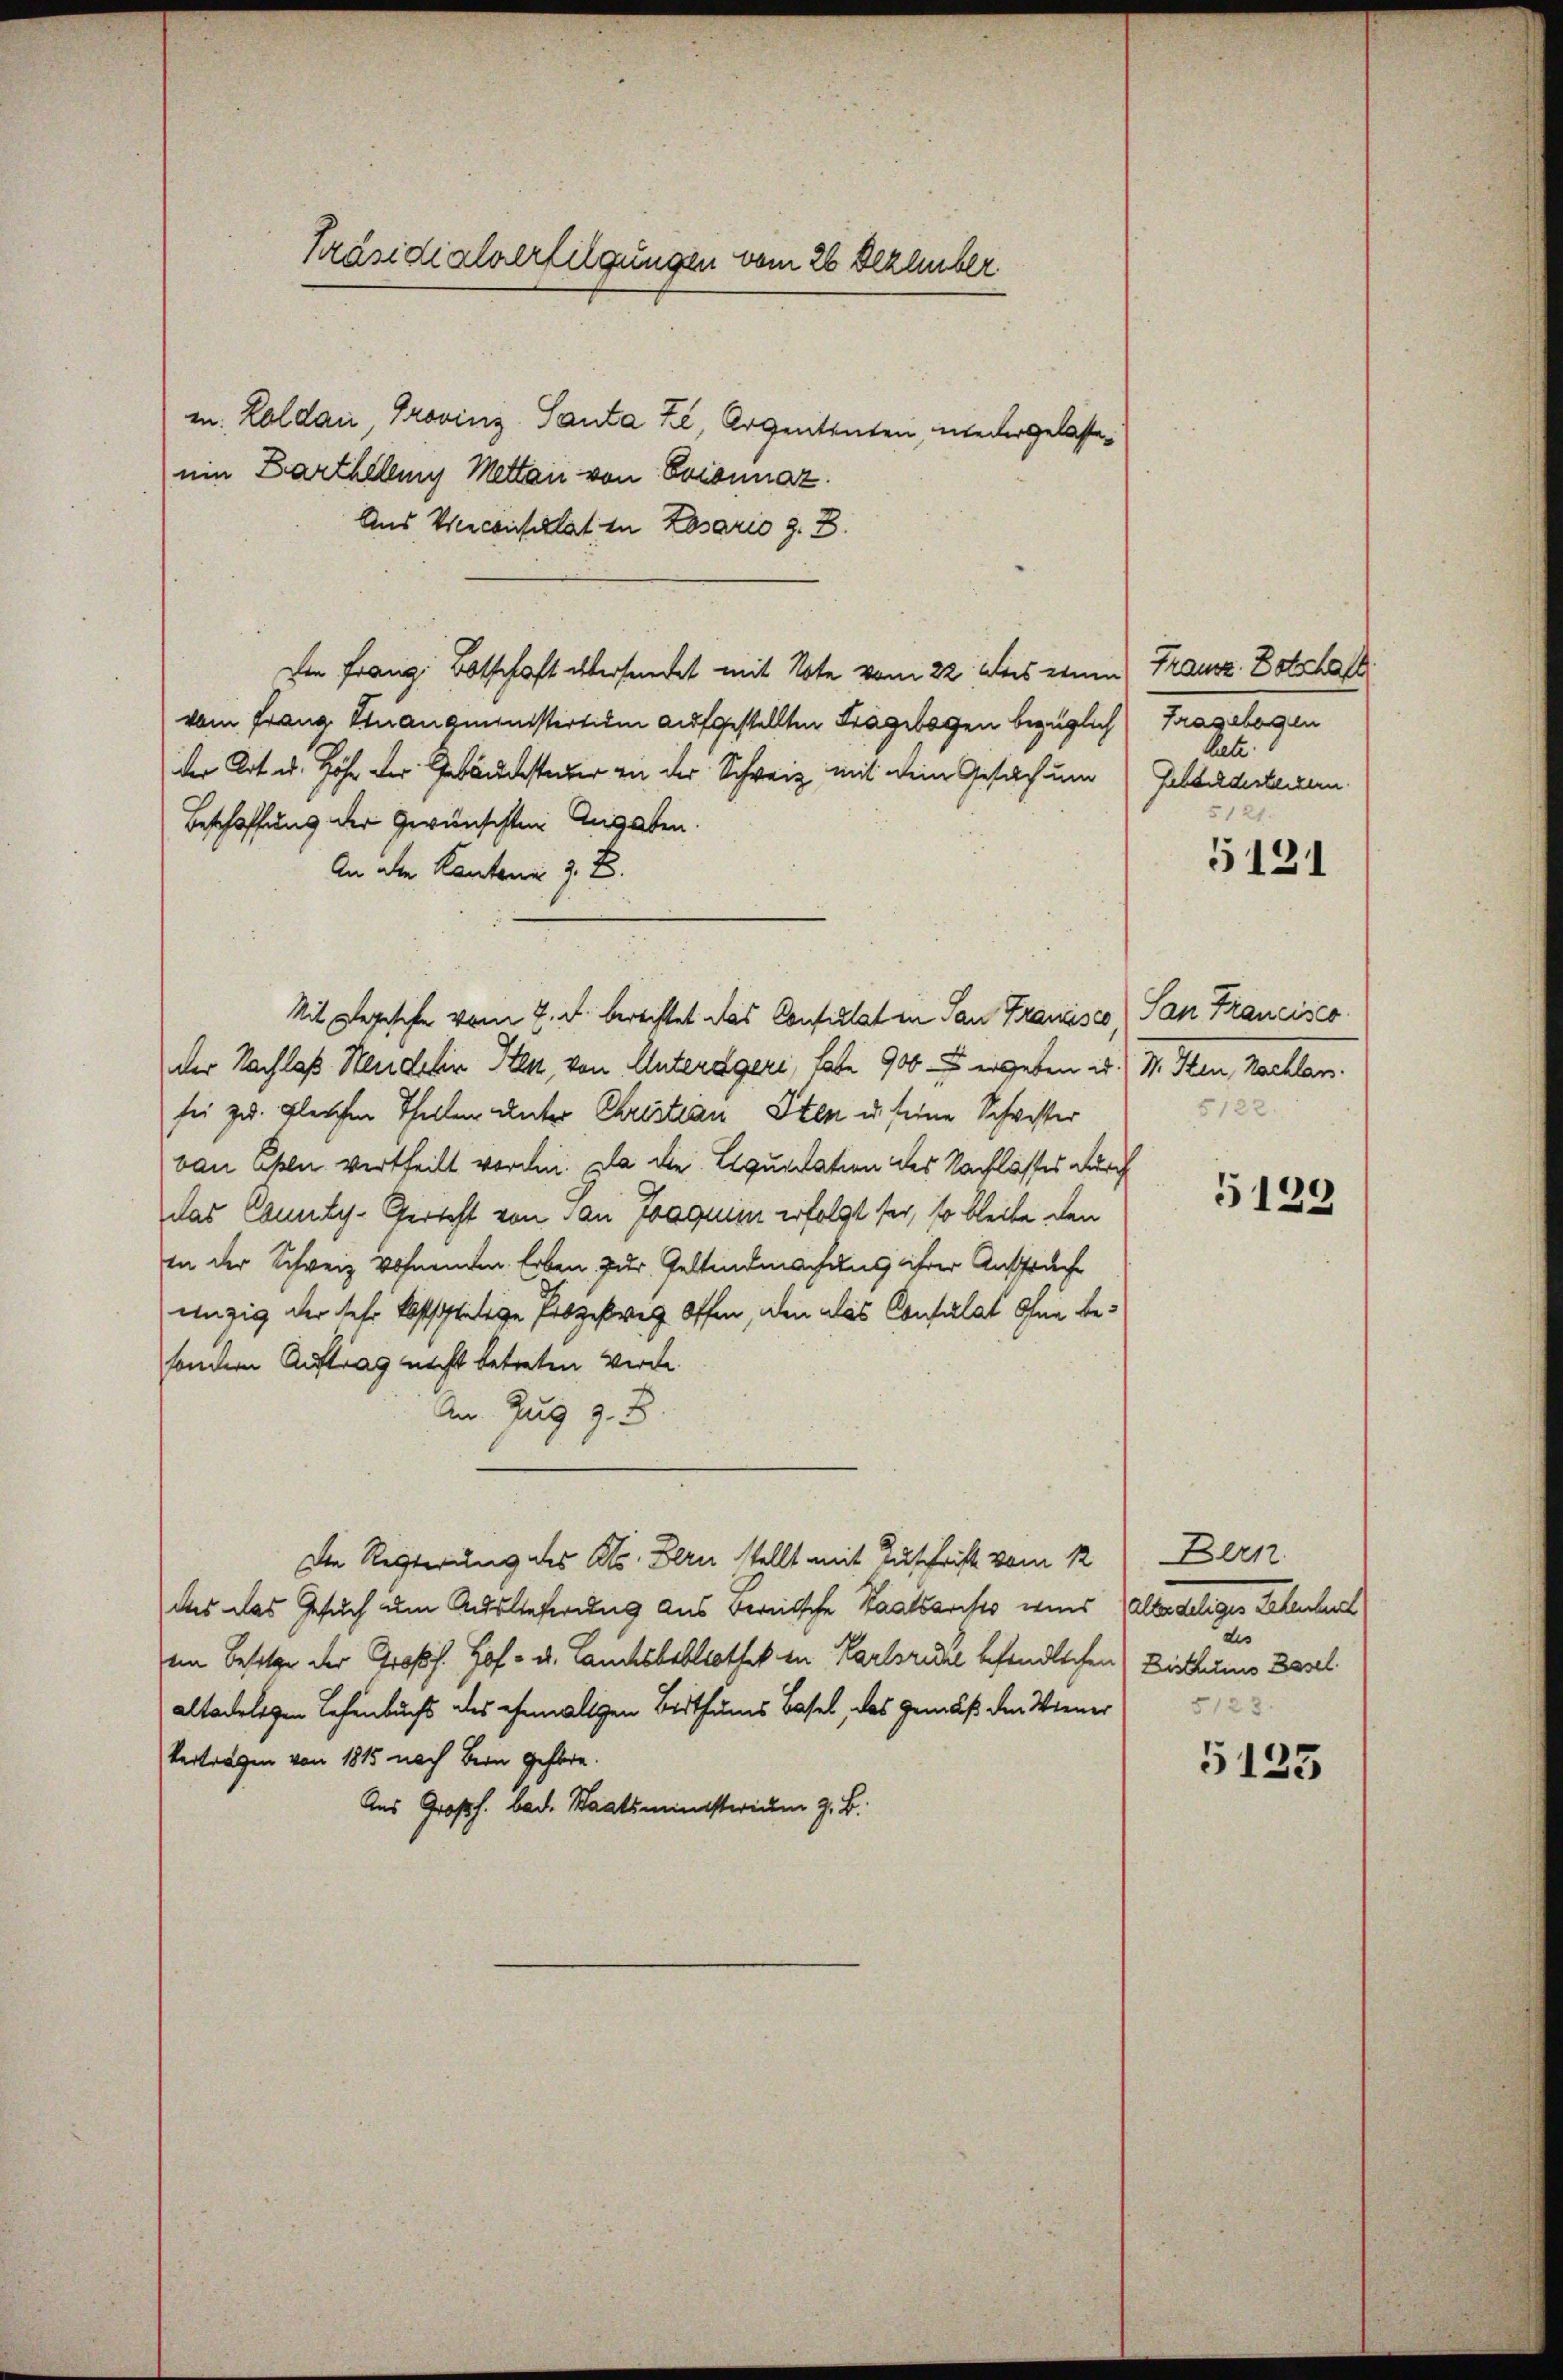
Präsidialverfilgungen vom 26 Dezember

mn. Laldau, Provinz Santa Zi, Argententen, wiedergelasseein Barthellig Metten von Eviannaz.
Aus Vierconsultat in Losario z. B.
Die Franz Botschaft übersendet mit Note vom 22. Das einen Franz Dotschaf
vom Franz Finanzministertum aufgestellten Fragebogen bezüglich Fragelogen
der Art u. Höhe der Gebäudesteuer in der Schweiz mit dem Gesuch um
Beschaffung der Gewünschten Angaben.
An der Kantonie z. B.
Mit gegesehe vom 7. d. berechtet das Confillat in San Francisco San Francisco
der Nachlaß Sendolin Iten, von Unterdgeri, habe 900. ergeben d. M. Iten, Nachlan
sei zu gleichen Theilen unter Christian Sten u. seine Schwister
van Ehen vertheilt worden. Da die Liquidation des Nachlasses durch
das Conty-Gericht von dan Joaquim erfolgt sei, so bleibe den
an der Schweiz wohnenden Erben. Zur Geltendmachung ihrer Anspruche
enzig der sehr bestätige Prozeßweg offen, den das Consulat ohne besondern Auftrag nicht betreten werde.
An Zug z. B.
Die Rechterung des Kts. Bern stellt mit Zuschrift vom 12
das das Gesuch um Auslieferung aus Bernische Staatsarchts wird alle delige Lehentl
im Besitze der Prof. Hof- u. Lauchsbibliothek in Karlsrücke befindlichen Bisthums Basel
altadeligen Lehenbuchs des ehemaligen Berthums Basel, das gemäß den Wiener
Vertragen von 1815 nach Bern gehöre.
Aus Großh. bad. Staatsministerium z. B.

late.
Gebbildesteckern.
5121.

5121

5122

5139

Bern
des
5123

5125